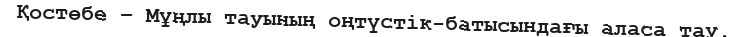
Қостөбе – Мұңлы тауының оңтүстік-батысындағы аласа тау.